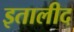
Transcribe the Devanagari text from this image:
इतालीद